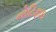
નોટિફાઇ